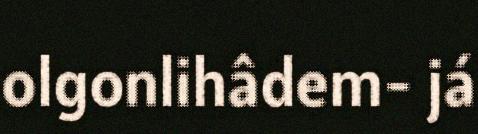
olgonlihâdem- já